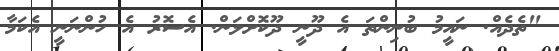
"ތެދެއް. ނައީމު ބުނިންތަ އެ ދޫނީ ދޫކޮށްލަން. އެސޮރު އެ ހުންނަނީ އެކަމާ